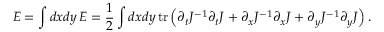
E = \int d x d y \, { \cal E } = \frac { 1 } { 2 } \int d x d y \, \mathrm { t r } \left( \partial _ { t } J ^ { - 1 } \partial _ { t } J + \partial _ { x } J ^ { - 1 } \partial _ { x } J + \partial _ { y } J ^ { - 1 } \partial _ { y } J \right) .